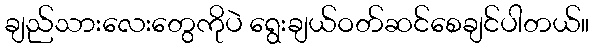
ချည်သားလေးတွေကိုပဲ ရွေးချယ်ဝတ်ဆင်စေချင်ပါတယ်။